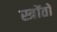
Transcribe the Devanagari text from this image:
स्त्रोंतों